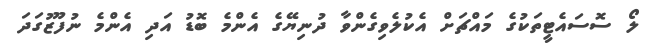
ލޯ ސޮސައެޓީތަކުގެ މައްޗަށް އެކުލެވިގެންވާ ދުނިޔޭގެ އެންމެ ބޮޑު އަދި އެންމެ ނުފޫޒުގަދަ